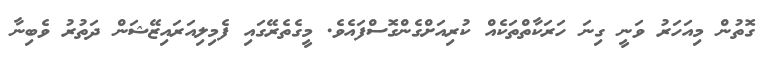
ގޮތުން މިއަހަރު ވަނީ ގިނަ ހަރަކާތްތަކެއް ކުރިއަށްގެންގޮސްފައެވެ. މީގެތެރޭގައި ފެމިލިއަރައިޒޭޝަން ދަތުރު ވެބިނާ